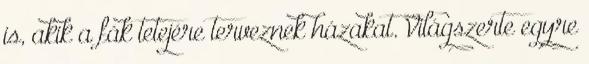
is, akik a fák tetejére terveznek házakat. Világszerte egyre